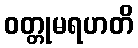
ဝတ္တုမရဟတိ